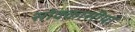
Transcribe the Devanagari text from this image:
सोक्कासीयां